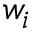
w _ { i }